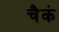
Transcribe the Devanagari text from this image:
चैकं